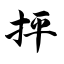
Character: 抨